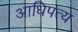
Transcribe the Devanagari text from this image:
आधिपत्य